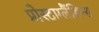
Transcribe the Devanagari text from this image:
प्रोस्टाग्लैंडिन्स